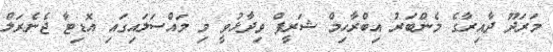
މަރަދޫ ދާއިރާގެ މެންބަރު އިބްރާހިމް ޝަރީފް ވިދާޅުވީ މި މައްސަލައިގައި އޮޑިޓާ ޖެނެރަލް